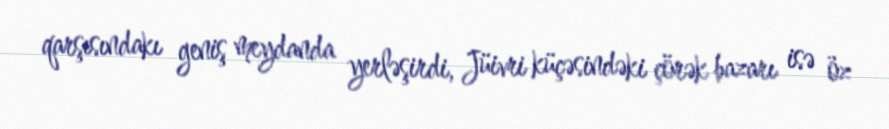
qarşısındakı geniş meydanda yerləşirdi, Jüivri küçəsindəki çörək bazarı isə öz